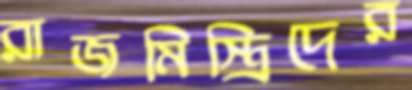
রাজমিস্ত্রিদের